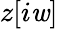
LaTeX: z[i\mathit{w}]